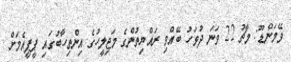
ވޭމަންޑޫ: މާޗު 22 ވަނަ ދުވަހު ބޭއްވި ރައްޔިތުންގެ މަޖިލީހުގެ އިންތިހާބުގައި ޕީޕީއެމަށް